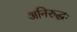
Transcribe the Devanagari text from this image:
अनिरुद्धः